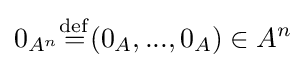
0_{A^{n}}{\stackrel {\mathrm {def} }{=}}(0_{A},...,0_{A})\in A^{n}